system: You are a helpful assistant.
user:
Analyze the provided spectrum to determine if it is a **Carbon Star (C-type)**.

- **Key Visual Indicators of Carbon Star:**
    - **(Primary):** Strong molecular absorption from **C₂ (diatomic carbon) "Swan Bands."** This is the **defining feature** of a carbon star.
        - **(Key Bandheads):** Sharp absorption edges are visible at approximately $5635$ Å, $5165$ Å (the strongest band), and $4737$ Å.
        - **(Line Profile):** Creates a distinct **"saw-tooth"** pattern. The key morphology is a sharp, steep bandhead on the **red (long-wavelength) side**, which then gradually tapers off (i.e., flux recovers) towards the **blue (short-wavelength) side**. *(This is the direct opposite of the TiO bands seen in M-type stars)*.

    - **(Secondary):** Intense **CN (cyanogen)** molecular absorption bands.
        - **(Key Bandheads):** Located in the blue and violet regions of the spectrum (e.g., near $4215$ Å and $3883$ Å).
        - **(Morphology):** These bands are extremely broad and act as a "blanket," absorbing the vast majority of blue and violet light. This creates a characteristic **"cliff"** or **"steep drop-off"** in the spectrum's flux at short wavelengths.

    - **(Key Confirmation):** Strong **CH absorption band (G-band)**.
        - **(Key Bandhead):** Located around $4300$ Å. The contribution from CH molecules to this band is exceptionally strong.

    - **(Overall Spectrum):**
        - The continuum is severely "chopped up" by these deep molecular bands, especially C₂, rather than appearing as a smooth curve.
        - Due to the heavy CN and C₂ absorption in the blue-green, the vast majority of the star's flux is concentrated in the red part of the spectrum, giving the star its characteristic deep red color.

Think first, call **spectral_visualization_tool** if needed to examine features in detail, then provide your final answer. Your response must adhere to the following strict rules:
1.  **Overall Structure:** Your response must follow the format `<think>...</think> <tool_call>...</tool_call> (if a tool is used) <answer>...</answer>`.
2.  **Tool Usage Constraint:** You may only make **one** tool call per turn.
3.  **Final Answer Format:** In the `<answer>` tag, your conclusion must be inside a `\boxed{}` command (e.g., `\boxed{YES}`), followed by your justification.

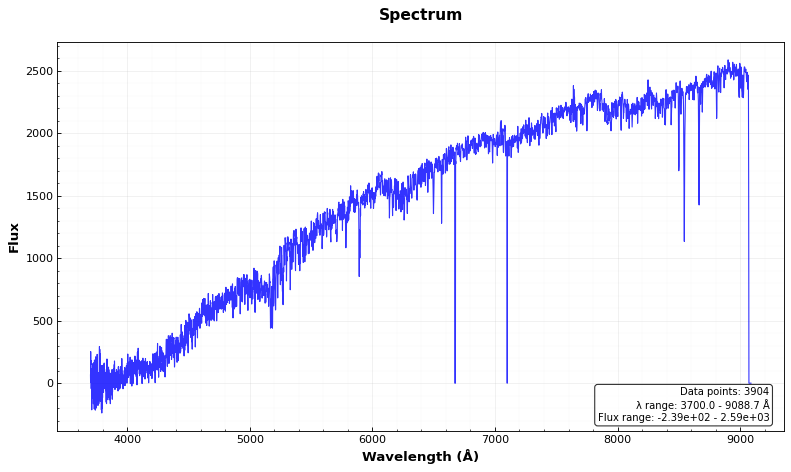
Answer: NO